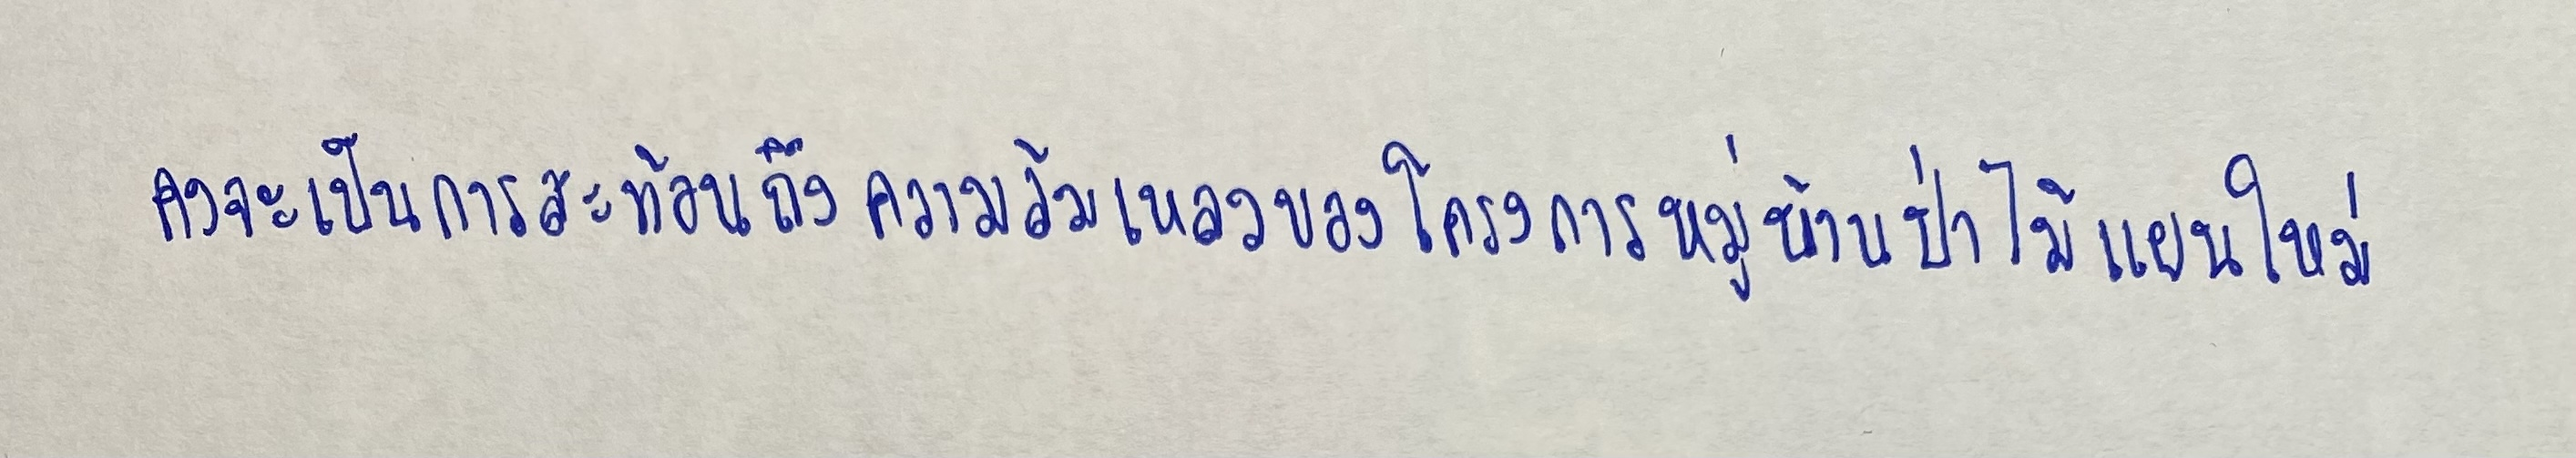
คงจะเป็นการสะท้อนถึงความล้มเหลวของโครงการหมู่บ้านป่าไม้แผนใหม่